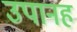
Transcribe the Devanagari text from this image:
उपानह